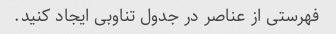
فهرستی از عناصر در جدول تناوبی ایجاد کنید.